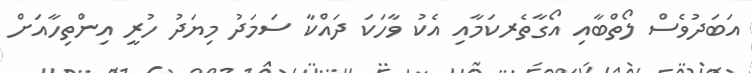
އަބަދުވެސް ލޯތްބާއި އޯގާތެރކަމާއި އެކު ވާހަކަ ދައްކާ ސަމަދު މިޔަދު ހުރީ އިންތިހާއަށް